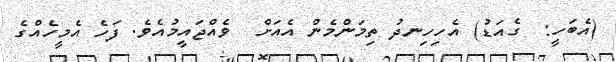
(އެބަހީ:  ގެއަޑު) އެހިހިނދު ތިމަންމެން އެއަށް  ވެއްޖައީމުއެވެ. ފަހެ އެމީހެއްގެ